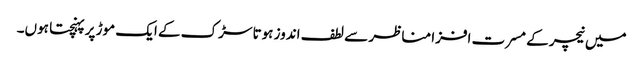
میں نیچر کے مسرت افزا مناظر سے لطف اندوز ہوتا سڑک کے ایک موڑ پر پہنچتا ہوں۔